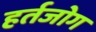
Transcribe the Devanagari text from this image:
हर्तजोग